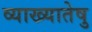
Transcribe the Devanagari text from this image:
व्याख्यातेषु